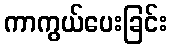
ကာကွယ်ပေးခြင်း